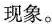
现象。